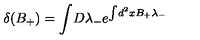
\delta ( B _ { + } ) = \int \! D \lambda _ { - } e ^ { \int \! d ^ { 2 } x B _ { + } \lambda _ { - } }